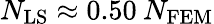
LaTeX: N_{\mathrm{LS}}\approx 0.50\: N_{\mathrm{FEM}}